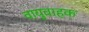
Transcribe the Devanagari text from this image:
वायुवाहक